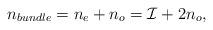
LaTeX: \begin{align*}n_{bundle}=n_e+n_o={\cal I}+2n_o,\end{align*}